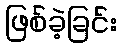
ဖြစ်ခဲ့ခြင်း